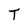
Character: T